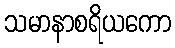
သမာနာစရိယကော